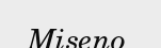
Miseno